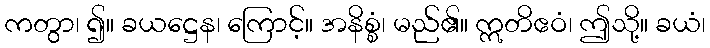
ကတွာ၊ ၍။ ခယဋ္ဌေန၊ ကြောင့်။ အနိစ္စံ၊ မည်၏။ ဣတိဧဝံ၊ ဤသို့။ ခယံ၊